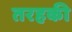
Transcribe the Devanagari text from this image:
तरहकी